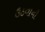
ઉઠવાનો